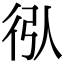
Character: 𢓙